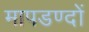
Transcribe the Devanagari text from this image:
मापडण्दों